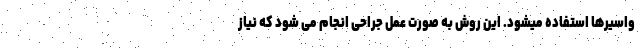
واسيرها استفاده ميشود. اين روش به صورت عمل جراحی انجام می شود که نياز